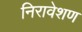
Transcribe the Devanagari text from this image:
निरावेशण